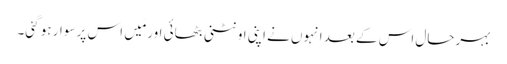
بہرحال اس کے بعد انہوں نے اپنی اونٹنی بٹھائی اور مَیں اس پر سوار ہو گئی۔